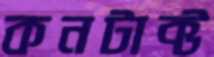
কনটাক্ট